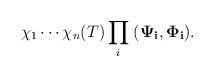
LaTeX: \begin{align*}\chi_1\cdots\chi_n(T) \prod_i\; ({\bf \Psi_i},{\bf \Phi_i}).\end{align*}